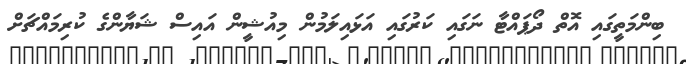
ބިންމަތީގައި އޮތް ދޯޕައްޓާ ނަގައި ކަރުގައި އަޅައިލަމުން މިއުޝީން އައިސް ޝަޔާންގެ ކުރިމައްޗަަށް